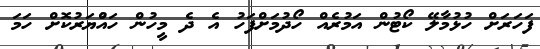
ފަހަރަށް ހުޅުމާލޭ ކޯޓުން އަމުރެއް ހޯދުމަށްފަހު އެ ދެ މީހުން ހައްުޔަރުކޮށް ހަމަ